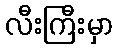
လီးကြီးမှာ